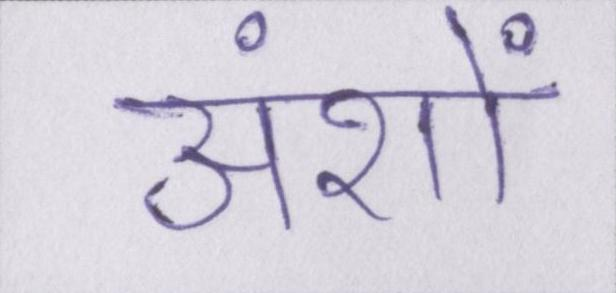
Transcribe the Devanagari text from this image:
अंशों